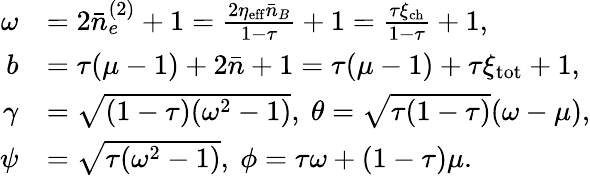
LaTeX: \begin{array}{rl}{\omega}&{=2\bar{n}_{e}^{(2)}+1=\frac{2\eta_{\mathrm{eff}}\bar{n}_{B}}{1-\tau}+1=\frac{\tau\xi_{\mathrm{ch}}}{1-\tau}+1,}\\ {b}&{=\tau(\mu-1)+2\bar{n}+1=\tau(\mu-1)+\tau\xi_{\mathrm{tot}}+1,}\\ {\gamma}&{=\sqrt{(1-\tau)(\omega^{2}-1)},~\theta=\sqrt{\tau(1-\tau)}(\omega-\mu),}\\ {\psi}&{=\sqrt{\tau(\omega^{2}-1)},~\phi=\tau\omega+(1-\tau)\mu.}\end{array}